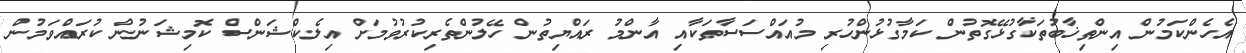
އެހެންކަމުން އިންތިޚާބުތަކާގުޅޭގޮތުން ކަމާގުޅުންހުރި މުއައްސަސާތަކާއި އާންމު ރައްޔިތުން ހޭލުންތެރިކުރުވުމަށް އިލެކްޝަންސް ކޮމިޝަނުން ކުރައްވަމުން